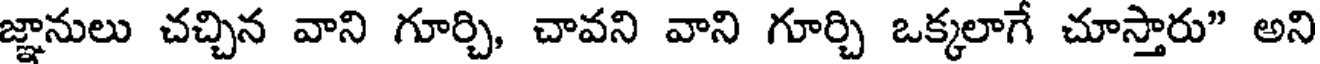
జ్ఞానులు చచ్చిన వాని గూర్చి, చావని వాని గూర్చి ఒక్కలాగే చూస్తారు" అని